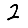
Digit: 2